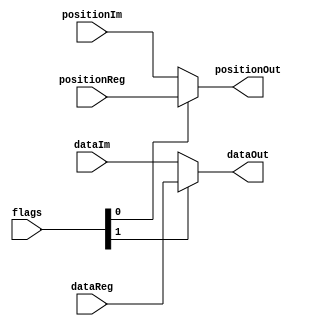
module lcd_control(positionIm, positionReg, dataIm, dataReg, positionOut, dataOut, flags);
	
	input [4:0] positionIm, positionReg;
	input [7:0] dataIm, dataReg;
	input [1:0] flags;
	
	output [4:0] positionOut;
	output [7:0] dataOut;

	assign positionOut = (flags[0] == 1'b0) ? positionIm : positionReg;
	assign dataOut     = (flags[1] == 1'b0) ? dataIm     : dataReg;
	

endmodule